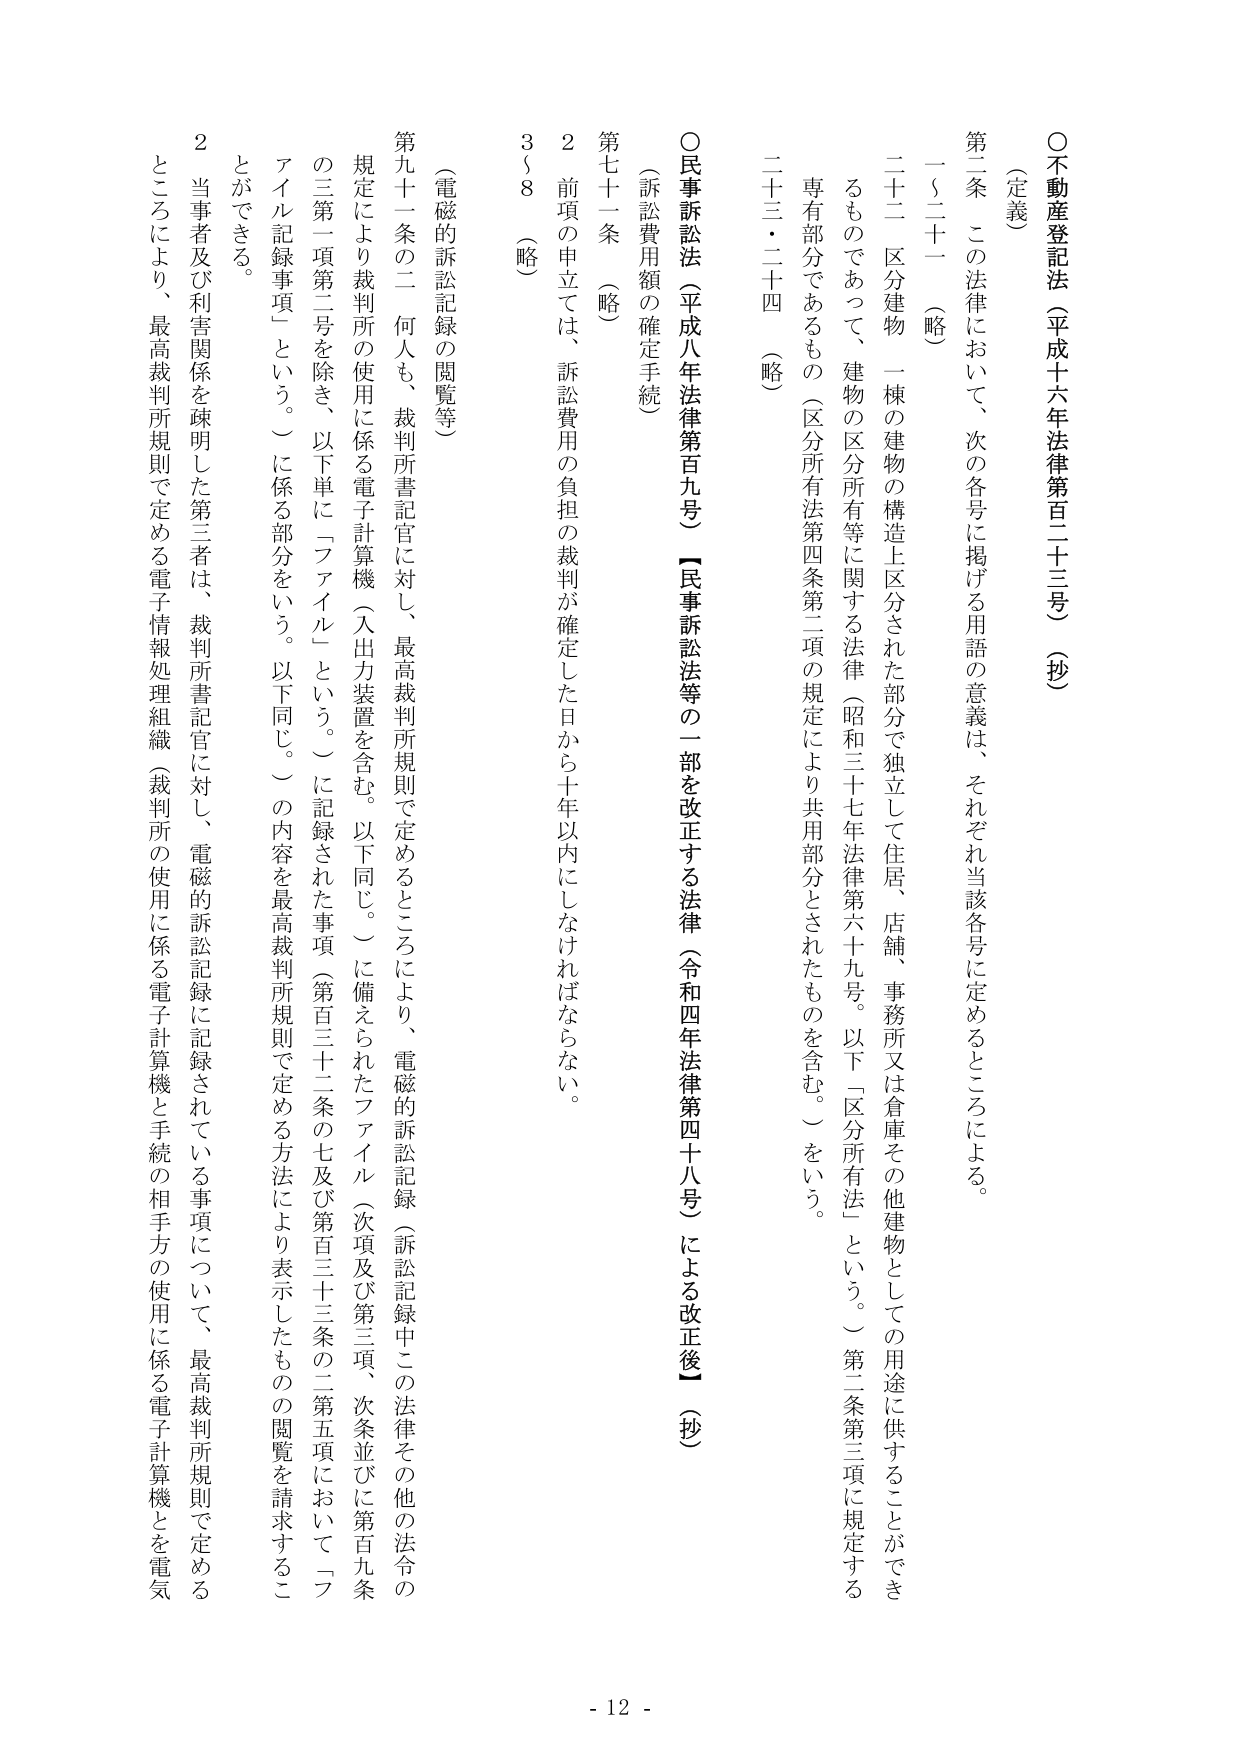
○不動産登記法（平成十六年法律第百二十三号）（抄）

（定義）

第二条　この法律において、次の各号に掲げる用語の意義は、それぞれ当該各号に定めるところによる。

一～二十一　（略）

二十二　区分建物　一棟の建物の構造上区分された部分で独立して住居、店舗、事務所又は倉庫その他建物としての用途に供することができるものであって、建物の区分所有等に関する法律（昭和三十七年法律第六十九号。以下「区分所有法」という。）第二条第三項に規定する専有部分であるもの（区分所有法第四条第二項の規定により共用部分とされたものを含む。）をいう。

二十三・二十四　（略）

○民事訴訟法（平成八年法律第百九号）【民事訴訟法等の一部を改正する法律（令和四年法律第四十八号）による改正後】（抄）

（訴訟費用額の確定手続）

第七十一条　（略）

２　前項の申立ては、訴訟費用の負担の裁判が確定した日から十年以内にしなければならない。

３～８　（略）

（電磁的訴訟記録の閲覧等）

第九十一条の二　何人も、裁判所書記官に対し、最高裁判所規則で定めるところにより、電磁的訴訟記録（訴訟記録中この法律その他の法令の規定により裁判所の使用に係る電子計算機（入出力装置を含む。以下同じ。）に備えられたファイル（次項及び第三項、次条並びに第百九条の三第一項第二号を除き、以下単に「ファイル」という。）に記録された事項（第百三十二条の七及び第百三十三条の二第五項において「ファイル記録事項」という。）に係る部分をいう。以下同じ。）の内容を最高裁判所規則で定める方法により表示したものの閲覧を請求することができる。

２　当事者及び利害関係を疎明した第三者は、裁判所書記官に対し、電磁的訴訟記録に記録されている事項について、最高裁判所規則で定めるところにより、最高裁判所規則で定める電子情報処理組織（裁判所の使用に係る電子計算機と手続の相手方の使用に係る電子計算機とを電気

- 12 -